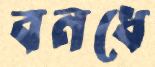
বনধে